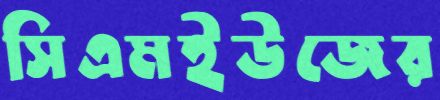
সিএমইউজের